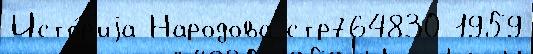
Исто́р'иjа Народова стр764830 1959